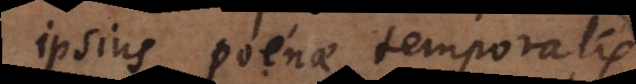
mentio poenae temporalis